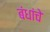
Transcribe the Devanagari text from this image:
बंधांचे